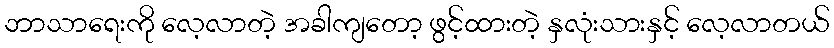
ဘာသာရေးကို လေ့လာတဲ့ အခါကျတော့ ဖွင့်ထားတဲ့ နှလုံးသားနှင့် လေ့လာတယ်